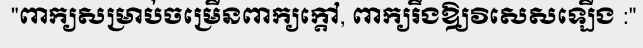
"ពាក្យសម្រាប់ចម្រើនពាក្យក្តៅ, ពាក្យរឹងឱ្យវិសេសឡើង :"